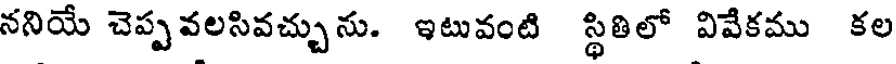
ననియే చెప్పవలసివచ్చును. ఇటువంటి స్థితిలో వివేకము కల